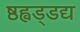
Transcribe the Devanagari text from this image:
ष्ठह्वड्डद्य